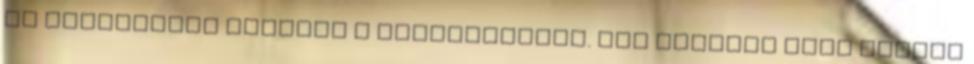
el rendőrségi busszal a megyehatárig. Itt átadták őket Borsod